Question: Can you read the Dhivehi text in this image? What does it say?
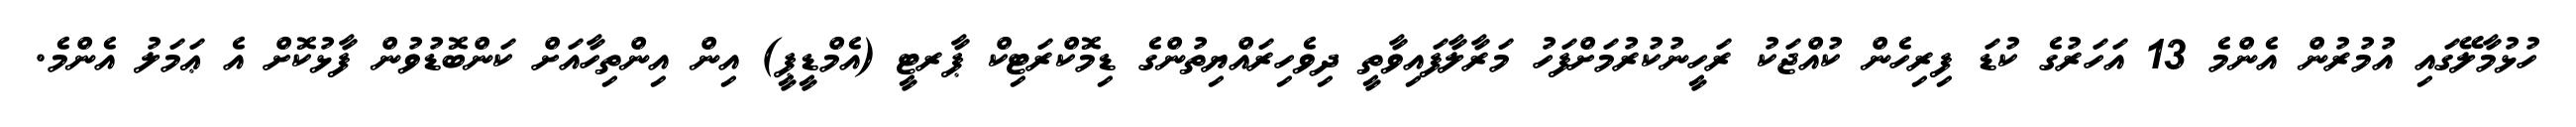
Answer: ހުޅުމާލޭގައި އުމުރުން އެންމެ 13 އަހަރުގެ ކުޑަ ފިރިހެން ކުއްޖަކު ރަހީނުކުރުމަށްފަހު މަރާލާފައިވާތީ ދިވެހިރައްޔިތުންގެ ޑިމޮކްރަޓިކް ޕާރޓީ (އެމްޑީޕީ) އިން އިންތިހާއަށް ކަންބޮޑުވުން ފާޅުކޮށް އެ ޢަމަލު އެންމެ.